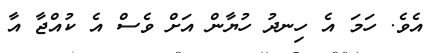
އެވެ. ހަމަ އެ ހިނދު ހުޔާން އަށް ވެސް އެ ކުއްޖާ އާ